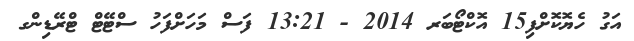
އަގު ހެޔޮކޮށްފި15 އޮކްޓޯބަރ 2014 - 13:21 ފަސް މަހަށްފަހު ސްޓޭޓް ޓްރޭޑިންގ